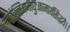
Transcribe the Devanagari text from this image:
स्मरेन्नित्यमायुःकामार्थसिद्धये।।